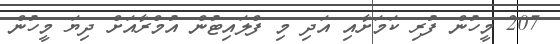
207 މީހުން ފުރި ކަމަށާއި އަދި މި ފްލައިޓުން އުމްރާއަށް ދިޔަ މީހުން